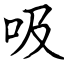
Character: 吸